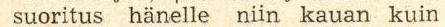
suoritus hänelle niin kauan kuin